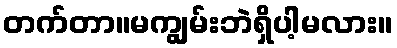
တက်တာ။မကျွမ်းဘဲရှိပါ့မလား။